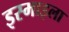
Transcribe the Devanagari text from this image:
इस्माइला